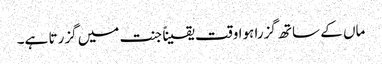
ماں کے ساتھ گزرا ہوا وقت یقیناً جنت میں گزرتا ہے۔